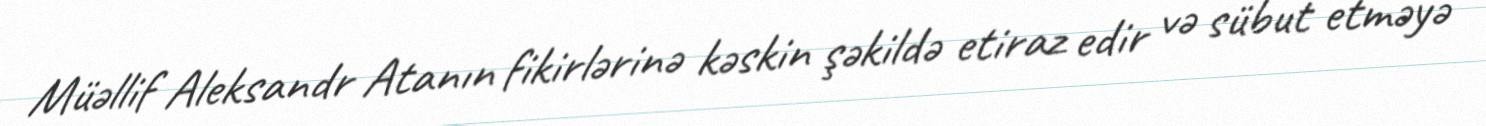
Müəllif Aleksandr Atanın fikirlərinə kəskin şəkildə etiraz edir və sübut etməyə